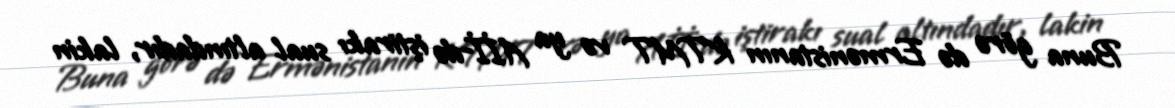
Buna görə də Ermənistanın KTMT və ya Aİİ-də iştirakı sual altındadır, lakin